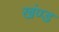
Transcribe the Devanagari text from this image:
खंण्ड